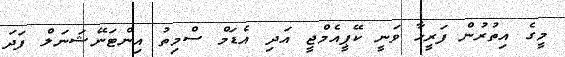
މީގެ އިތުރުން ފަރީހާ ވަނީ ކޭޕީއެމްޖީ އަދި އެޑަމް ސްމިތު އިންޓަނޭޝަނަލް ފަދަ